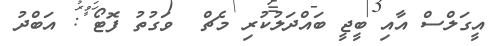
އީގަލްސް އާއި ބީޖީ ބައްދަލުކުރި މެޗް  ވަގުތު ފޮޓޯ : އަބްދު